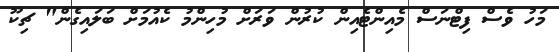
މަހު ވެސް ފިޓްނަސް މެއިންޓެއިން ކުރުން ވަރަށް މުހިންމު ކެއުމަށް ބަލައިގެން" ޗިކޫ